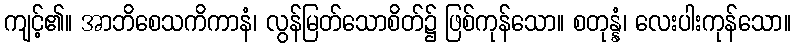
ကျင့်၏။ အာဘိစေသကိကာနံ၊ လွန်မြတ်သောစိတ်၌ ဖြစ်ကုန်သော။ စတုန္နံ၊ လေးပါးကုန်သော။